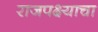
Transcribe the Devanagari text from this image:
राजपक्ष्याचा